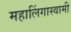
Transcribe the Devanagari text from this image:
महालिंगास्वामी